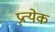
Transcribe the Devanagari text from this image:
प्र्त्येक